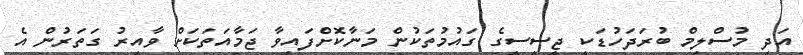
އަދި މުސްލިމް ބުރަދަހުޑަކީ ޖީސީސީގެ ގައުމުތަކުން މަނާކޮށްފައިވާ ޖަމާއަތަކަށް ވާއިރު ގަތަރުން އެ